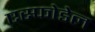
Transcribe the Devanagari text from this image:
एस्फोडेल